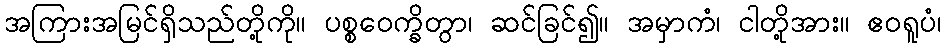
အကြားအမြင်ရှိသည်တို့ကို။ ပစ္စဝေက္ခိတွာ၊ ဆင်ခြင်၍။ အမှာကံ၊ ငါတို့အား။ ဧဝရူပံ၊